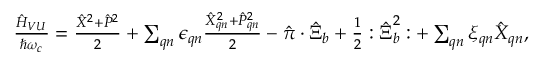
\begin{array} { r } { \frac { \hat { H } _ { V U } } { \hbar \omega _ { c } } = \frac { \hat { X } ^ { 2 } + \hat { P } ^ { 2 } } { 2 } + \sum _ { \boldsymbol { q } n } \epsilon _ { \boldsymbol { q } n } \frac { \hat { X } _ { \boldsymbol { q } n } ^ { 2 } + \hat { P } _ { \boldsymbol { q } n } ^ { 2 } } { 2 } - \hat { \boldsymbol { \pi } } \cdot \hat { \boldsymbol { \Xi } } _ { b } + \frac { 1 } { 2 } : \hat { \boldsymbol { \Xi } } _ { b } ^ { 2 } : + \sum _ { \boldsymbol { q } n } \xi _ { \boldsymbol { q } n } \hat { X } _ { \boldsymbol { q } n } , } \end{array}